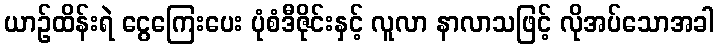
ယာဉ်ထိန်းရဲ ငွေကြေးပေး ပုံစံဒီဇိုင်းနှင့် လူလာ နာလာသဖြင့် လိုအပ်သောအခါ